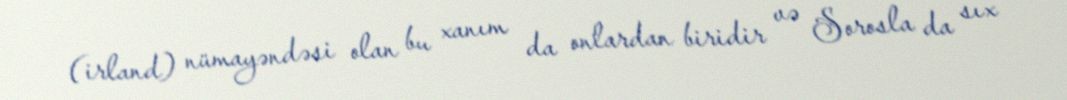
(irland) nümayəndəsi olan bu xanım da onlardan biridir və Sorosla da sıx